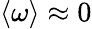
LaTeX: \langle\omega\rangle\approx 0